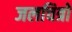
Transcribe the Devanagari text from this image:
जलचित्रों